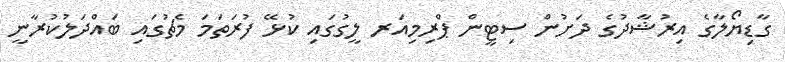
ގާޑިޔޯލާގެ އިރުޝާދުގެ ދަށުން ސިޓީން ޕްރިމިއަރ ލީގުގައި ކުޅޭ ފުރަތަމަ މެޗުގައި ބައްދަލުކުރާނީ